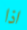
اذا